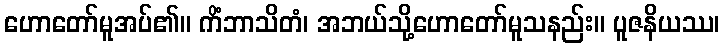
ဟောတော်မူအပ်၏။ ကိံဘာသိတံ၊ အဘယ်သို့ဟောတော်မူသနည်း။ ပူဇနိယဿ၊